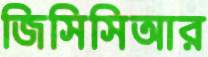
জিসিসিআর